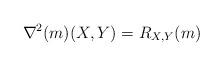
LaTeX: \begin{align*} \nabla^2(m)(X,Y)=R_{X,Y}(m) \end{align*}